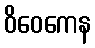
ဝိဝေကေန